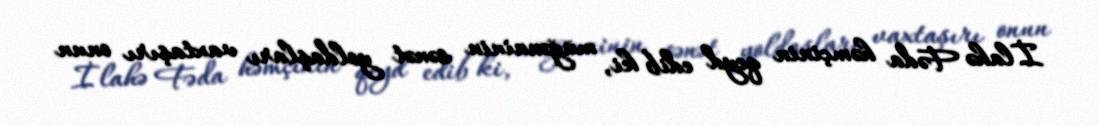
İlahə Fəda həmçinin qeyd edib ki, müğənninin sənət yoldaşları vaxtaşırı onun